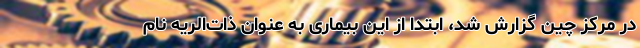
در مرکز چین گزارش شد، ابتدا از این بیماری به‌ عنوان ذات‌الریه نام